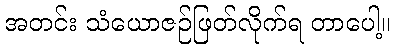
အတင်း သံယောဇဉ်ဖြတ်လိုက်ရ တာပေါ့။